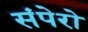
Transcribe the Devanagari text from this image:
संपेरो